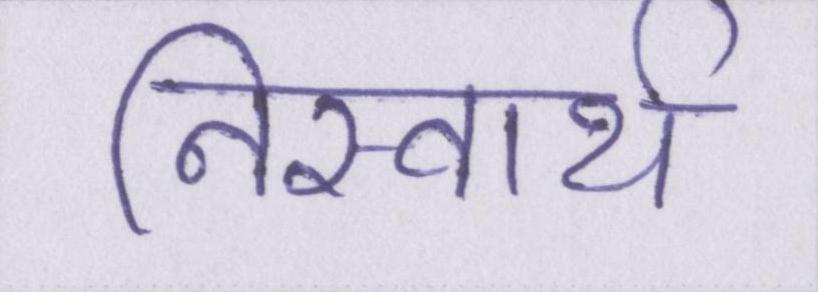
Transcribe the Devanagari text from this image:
निस्वार्थ